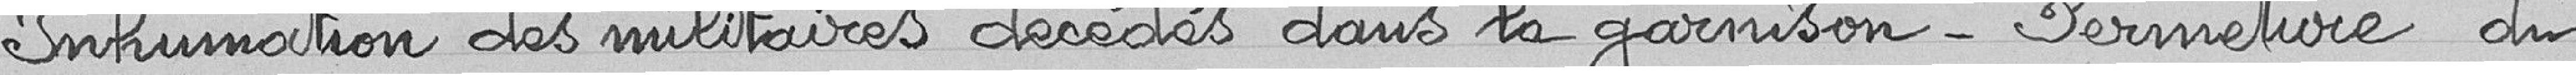
Inhumation des militaires décédés dans la garnison - Fermeture du